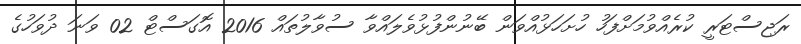
ރަޖިސްޓަރީ ކުރެއްވުމަށްފަހު ހުށަހަޅުއްވަން ބޭނުންފުޅުވެލައްވާ ސުވާލުތައް 2016 އޮގަސްޓް 02 ވަނަ ދުވަހުގެ